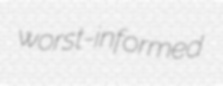
worst-informed